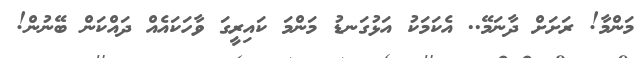
މަންމާ! ރަށަށް ދާނަމޭ.. އެކަމަކު އަޅުގަނޑު މަންމަ ކައިރީގަ ވާހަކައެއް ދައްކަން ބޭނުން!